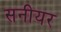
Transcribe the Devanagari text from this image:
सनीयर